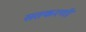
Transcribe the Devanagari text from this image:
सतकरणी